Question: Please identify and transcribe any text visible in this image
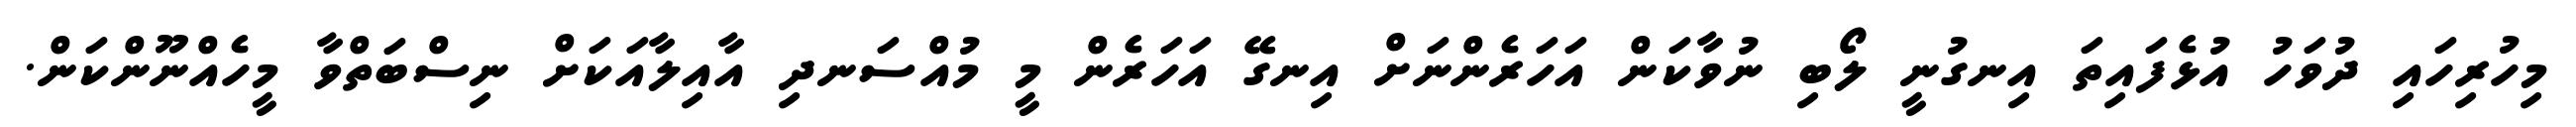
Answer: މިހުރިހައި ދުވަހު އުޅެފައިތަ އިނގުނީ ލޯބި ނުވާކަން އަހަރެންނަށް އިނގޭ އަހަރެން މީ މުއްސަނދި އާއިލާއަކަށް ނިސްބަތްވާ މީހެއްނޫންކަން.